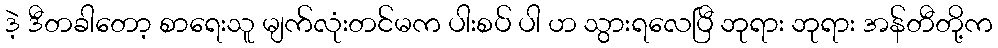
ဒဲ့ ဒီတခါတော့ စာရေးသူ မျက်လုံးတင်မက ပါးစပ် ပါ ဟ သွားရလေပြီ ဘုရား ဘုရား အန်တီတို့က